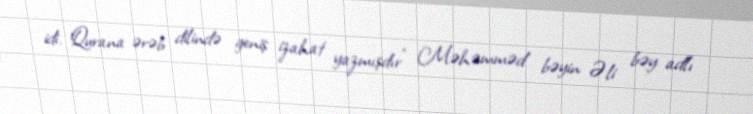
idi. Qurana ərəb dilində geniş izahat yazmışdır" Məhəmməd bəyin Əli bəy adlı